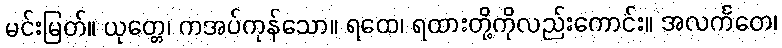
မင်းမြတ်။ ယုတ္တေ၊ ကအပ်ကုန်သော။ ရထေ၊ ရထားတို့ကိုလည်းကောင်း။ အလင်္ကတေ၊